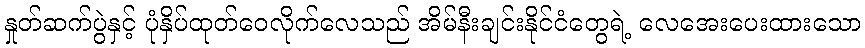
နှုတ်ဆက်ပွဲနှင့် ပုံနှိပ်ထုတ်ဝေလိုက်လေသည် အိမ်နီးချင်းနိုင်ငံတွေရဲ့ လေအေးပေးထားသော